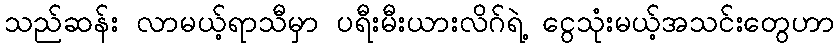
သည်ဆန်း လာမယ့်ရာသီမှာ ပရီးမီးယားလိဂ်ရဲ့ ငွေသုံးမယ့်အသင်းတွေဟာ